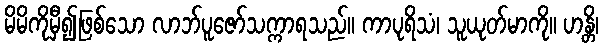
မိမိကိုမှီ၍ဖြစ်သော လာဘ်ပူဇော်သက္ကာရသည်။ ကာပုရိသံ၊ သူယုတ်မာကို။ ဟန္တိ၊